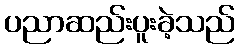
ပညာဆည်းပူးခဲ့သည်